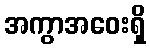
အကွာအဝေးရှိ